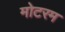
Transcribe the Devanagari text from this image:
मोटरम